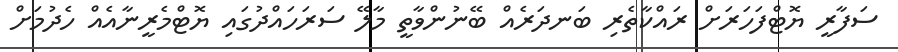
ސަފާރީ ޔޮޓްފަހަރަށް ރައްކާތެރި ބަނދަރެއް ބޭނުންވާތީ މާލޭ ސަރަހައްދުގައި ޔޮޓްމެރީނާއެއް ހެދުމަށް